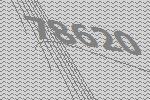
78620